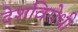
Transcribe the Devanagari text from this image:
देशविरोधी